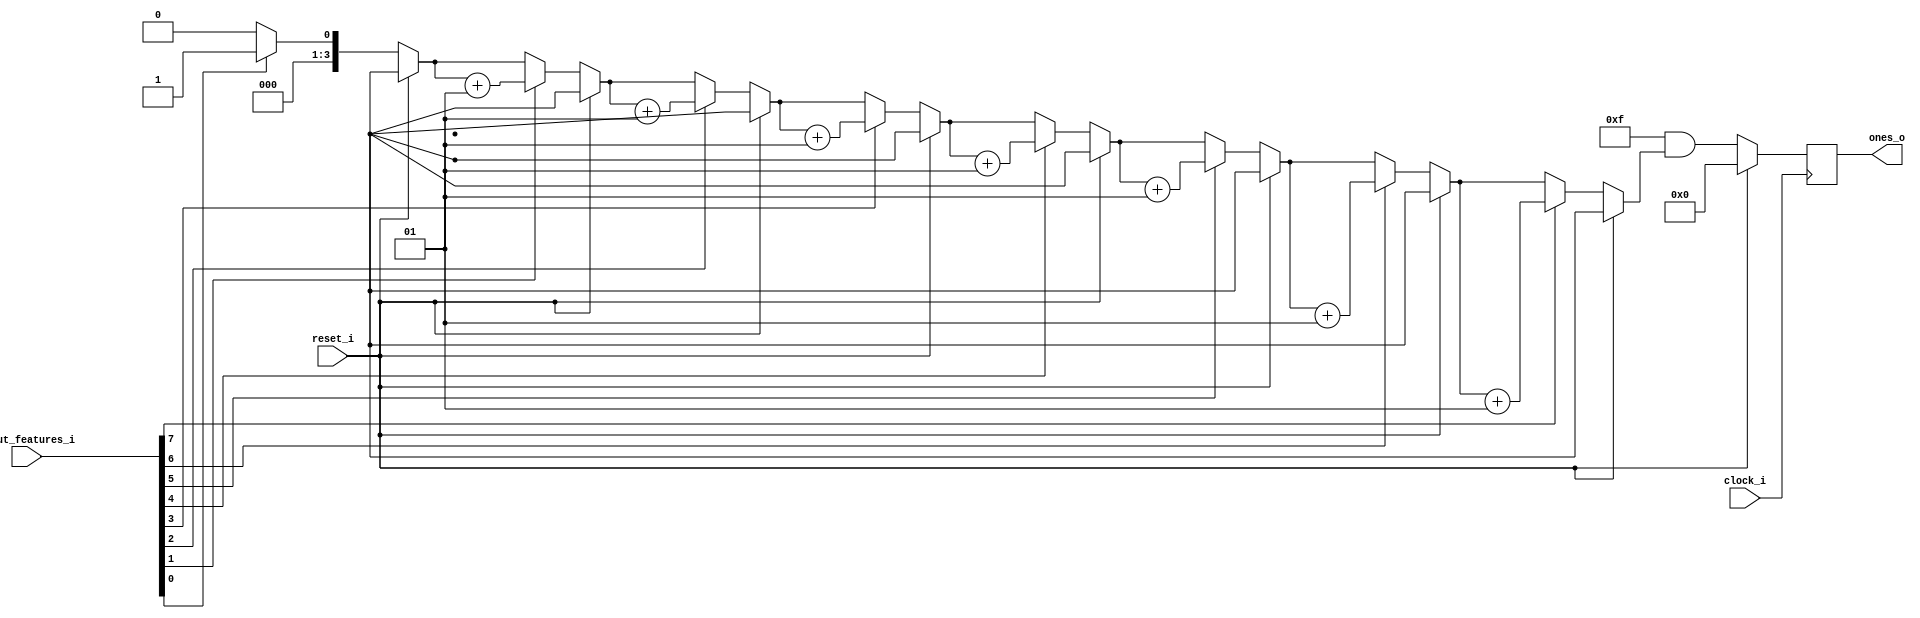
//
// Simple Ones Counter
//
//
// Copyright 2023 Thomas Hadner
//
// Licensed under the Apache License, Version 2.0 (the "License");
// you may not use this file except in compliance with the License.
// You may obtain a copy of the License at
//
// http://www.apache.org/licenses/LICENSE2.0
//
// Unless required by applicable law or agreed to in writing, software
// distributed under the License is distributed on an "AS IS" BASIS,
// WITHOUT WARRANTIES OR CONDITIONS OF ANY KIND, either express or implied.
// See the License for the specific language governing permissions and
// limitations under the License.

`default_nettype none
`ifndef __ONES_COUNTER__
`define __ONES_COUNTER__

module ones_counter
	#( 
		parameter INPUT_FEATURES = 8	// number of input wires which has to be checked for HIGH
	)
	(
		input wire reset_i,		// reset
		input wire clock_i,		// clock
		input wire [ INPUT_FEATURES - 1 : 0 ] input_features_i,		// input features which has to be checked for HIGH
		
		output wire [ $clog2(INPUT_FEATURES + 1) - 1 : 0 ] ones_o	// number of ones, with INPUT_FEATURES = 8, we need 4 bits
	);
	
	integer i;					// variable for the for loop
	integer count;				// counter variable loop
	
	reg [ $clog2(INPUT_FEATURES + 1) - 1 : 0 ] ones;
	
	assign ones_o = ones;
	
	always @ (posedge clock_i) begin

		// check for reset
		if ( reset_i == 1'b1 ) begin
		
			ones <= { $clog2(INPUT_FEATURES + 1) {1'b0} };
		
		end else begin
		
			// initialize count variable
			count = 0;
			
			// go through all input features
			for ( i = 0; i < INPUT_FEATURES; i = i + 1)   	
			
				if(input_features_i[i] == 1'b1)  begin  	// check if the bit is '1'
					count = count + 1;    					// if it's one, increment the count
				end
				
			ones <= { { 32 - $clog2(INPUT_FEATURES + 1) {1'b0} } , {$clog2(INPUT_FEATURES + 1) {1'b1} } } &  count;
		end
	end
	
endmodule	// ones_counter

`endif
`default_nettype wire